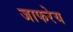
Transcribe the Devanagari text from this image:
जाफरेय